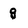
Character: g